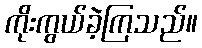
ကိုးကွယ်ခဲ့ကြသည်။